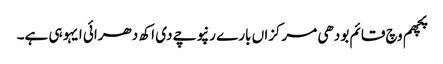
پچھم وچ قائم بودھی مرکزاں بارے رنپوچے دی اکھ دھرائی ایہو ہی ہے۔